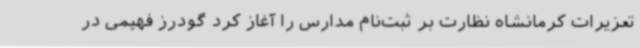
تعزیرات کرمانشاه نظارت بر ثبت‌نام مدارس را آغاز کرد گودرز فهیمی در